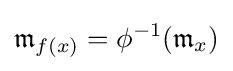
{\mathfrak {m}}_{f(x)}=\phi ^{-1}({\mathfrak {m}}_{x})